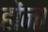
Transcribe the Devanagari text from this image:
होंना